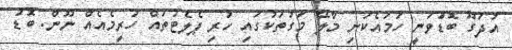
އުދަގޫ ބޮޑުަވަނީ ހަމައެކަނި މާލޭ މަގުތަކުގައި ހުރި ޕެލެޓުތަައް ހުރީމެއެއް ނޫން. ބޮޑު